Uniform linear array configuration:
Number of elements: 16
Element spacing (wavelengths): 0.25
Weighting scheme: exponential
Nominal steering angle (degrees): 15
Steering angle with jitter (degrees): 14.177
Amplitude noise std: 0.05
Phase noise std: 0.05

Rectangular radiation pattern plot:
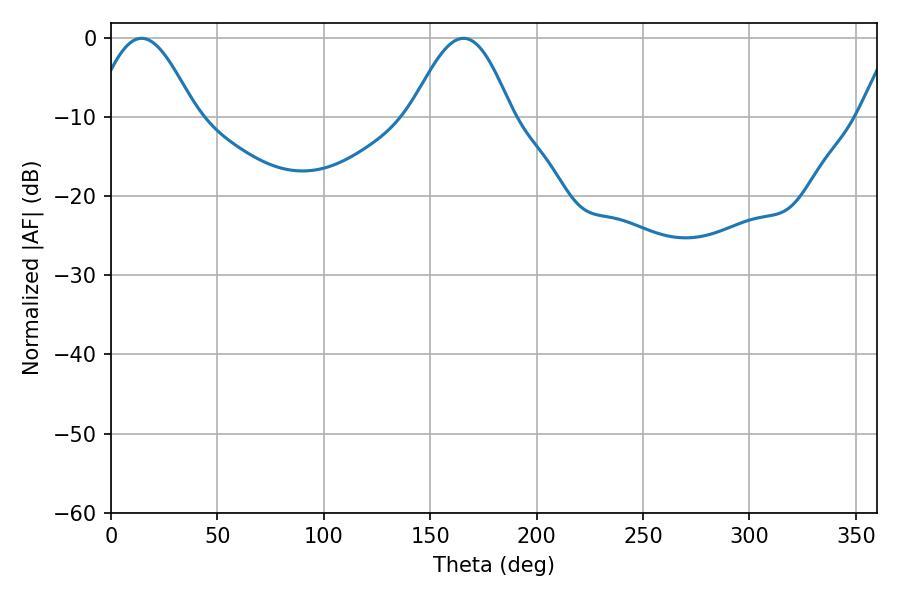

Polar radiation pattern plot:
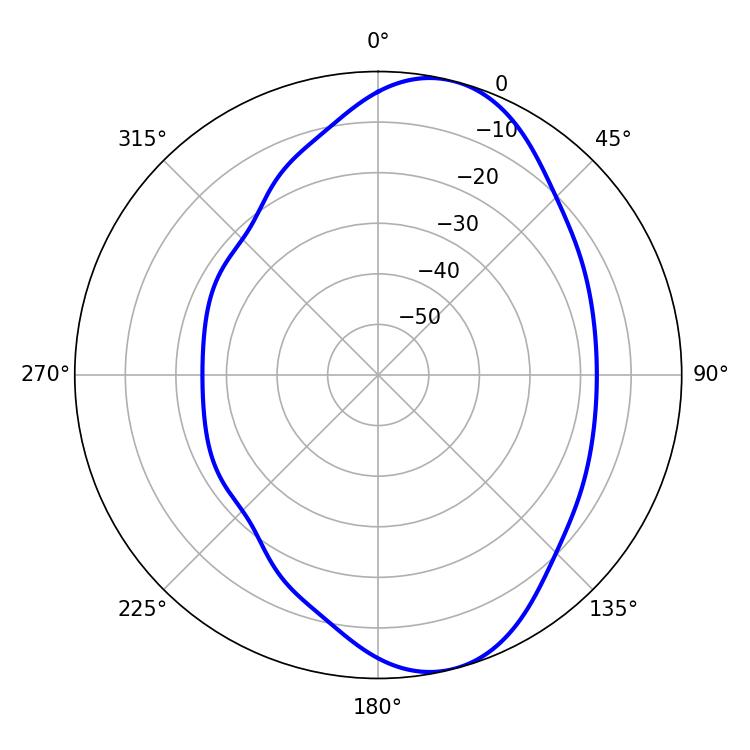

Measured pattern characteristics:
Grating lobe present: FALSE
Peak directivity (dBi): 8.386
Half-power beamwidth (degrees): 25.56
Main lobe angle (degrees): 14.4